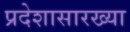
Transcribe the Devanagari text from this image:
प्रदेशासारख्या